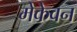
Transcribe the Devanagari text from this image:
मेकेवन